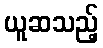
ယူဆသည့်